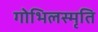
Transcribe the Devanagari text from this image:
गोभिलस्मृति